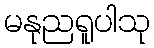
မနုညရူပါသု